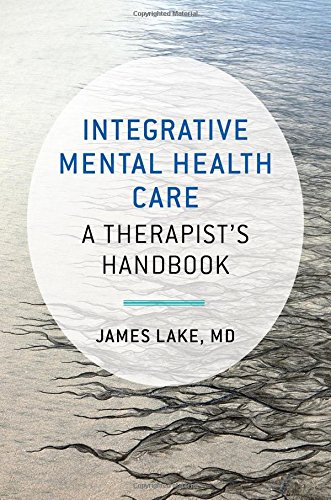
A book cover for Integrative Mental Health Care: A Therapist's Handbook (Norton Professional Books); James Lake; Medical Books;